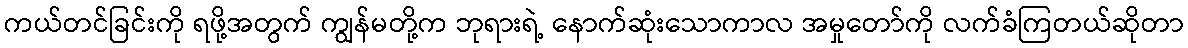
ကယ်တင်ခြင်းကို ရဖို့အတွက် ကျွန်မတို့က ဘုရားရဲ့ နောက်ဆုံးသောကာလ အမှုတော်ကို လက်ခံကြတယ်ဆိုတာ